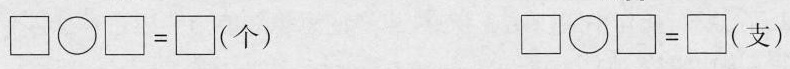
\Box \bigcirc \Box =\Box （个）\Box \bigcirc \Box =\Box （个）